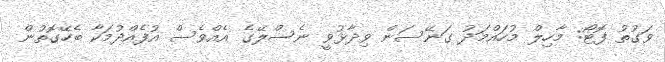
ވަގުތު ފޮޓޯ: މާހިލް މުހައްމަދު ގަނޭސަން ވިދާޅުވީ ނެސްލޭގެ އެއްވެސް އުފެއްދުމަކާ ބެހޭގޮތުން